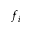
f _ { i }